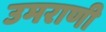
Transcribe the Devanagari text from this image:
उमराणी